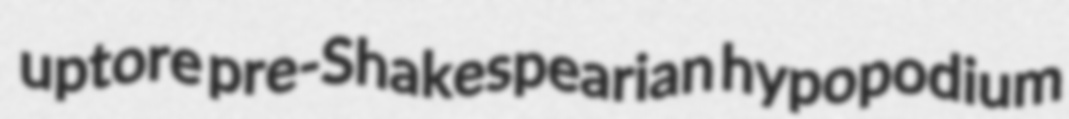
uptore pre-Shakespearian hypopodium